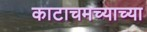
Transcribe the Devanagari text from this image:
काटाचमच्याच्या